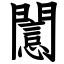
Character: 𨶡